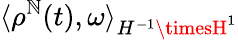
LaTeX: \langle\rho^{\mathbb{N}}(t),\omega\rangle_{H^{-1}\timesH^{1}}